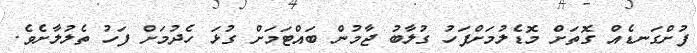
ފުށްގަނޑެއް ގޮތަށް މޮޑެލުމަށްފަހު ގުލާބު ޖާމުން ބައްޓަމަށް ގުޅަ ހެދުމަށް ފަހު ތެލުލާށެވެ.